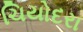
ચિયોદરા